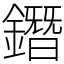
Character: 鐕